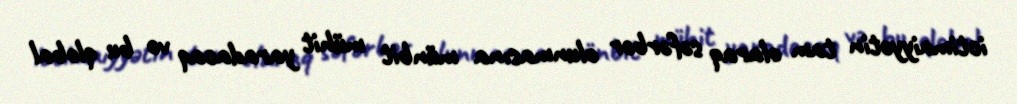
ictimaiyyətin tam olaraq səfərbər olunmasına münbit mühit yaradacaq və bu qlobal